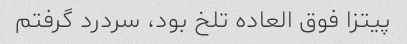
پیتزا فوق العاده تلخ بود، سردرد گرفتم